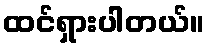
ထင်ရှားပါတယ်။